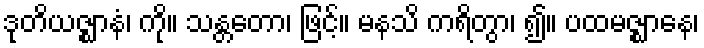
ဒုတိယဇ္ဈာနံ၊ ကို။ သန္တတော၊ ဖြင့်။ မနသိ ကရိတွာ၊ ၍။ ပထမဇ္ဈာနေ၊